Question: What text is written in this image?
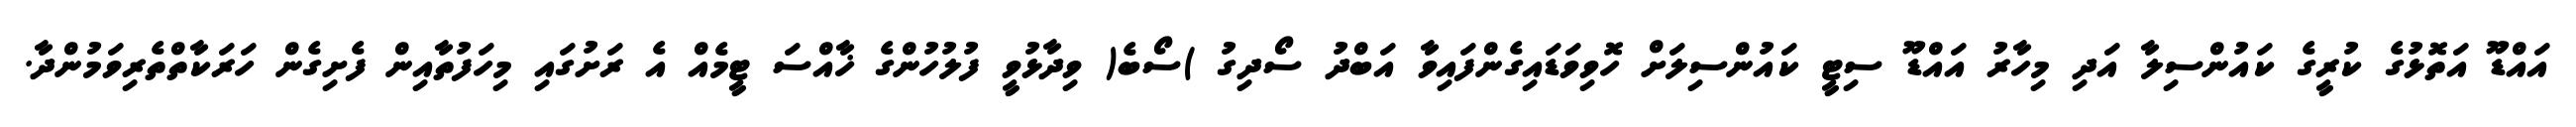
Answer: އައްޑޫ އަތޮޅުގެ ކުރީގެ ކައުންސިލާ އަދި މިހާރު އައްޑޫ ސިޓީ ކައުންސިލަށް ހޮވިވަޑައިގެންފައިވާ އަބްދު ސޯދިގު )ސޯބެ( ވިދާޅުވީ ފުލުހުންގެ ޚާއްސަ ޓީމެއް އެ ރަށުގައި މިހަފުތާއިން ފެށިގެން ހަރަކާތްތެރިވަމުންދާ.